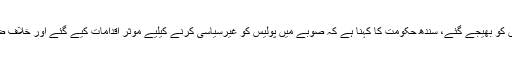
رپورٹ کے مطابق سنگین نوعیت کے 105 کیسزفوجی عدالتوں کو بھیجے گئے، سندھ حکومت کا کہنا ہے کہ صوبے میں پولیس کو غیرسیاسی کرنے کیلیے موثر اقدامات کیے گئے اور خلاف ضابطہ ترقی پانے والے اور ڈیپوٹیشن افسران کو واپس بھیجا گیا۔